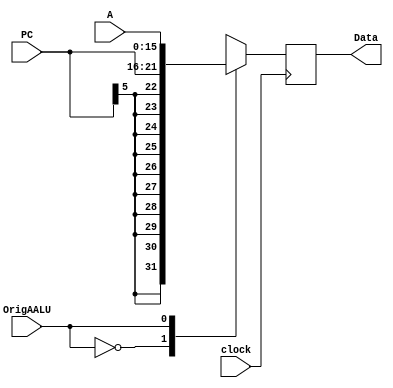
 module muxA (clock, A, PC, OrigAALU,Data);
	input  clock;
	input  [15:0] A;
	input  [5:0 ] PC;
	
	input  OrigAALU;
	
	output [15:0]Data;
	
	reg [15:0]Reg;
	
	wire [15:0]extendPc; 
	assign extendPc = {{10{PC[5]}},PC[5:0]};
	/*
	always@(OrigAALU or PC or A)begin
		if(OrigAALU == 1'b0) Reg = extendPc;
		else Reg = A; 
	end*/
	
	always@(posedge clock) begin //funcionou
	   case(OrigAALU)
	     1'b0: Reg = extendPc;
	     1'b1: Reg = A;
	   endcase
	     
	end
	
	assign Data = Reg;
	
endmodule